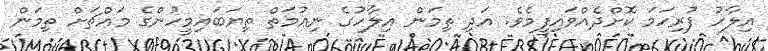
އިލާހު ފުރިހަމަ ކޮށްދެއްވައިފީމެވެ. އަދި ތިމަން އިލާހުގެ ނިޢުމަތް ތިޔަބައިމީހުންގެ މައްޗަށް ތިމަން